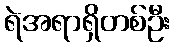
ရဲအရာရှိတစ်ဦး